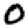
Digit: 0